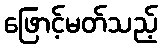
ဖြောင့်မတ်သည့်